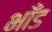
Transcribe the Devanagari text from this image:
भाँड